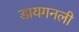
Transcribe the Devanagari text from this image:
डायगनली